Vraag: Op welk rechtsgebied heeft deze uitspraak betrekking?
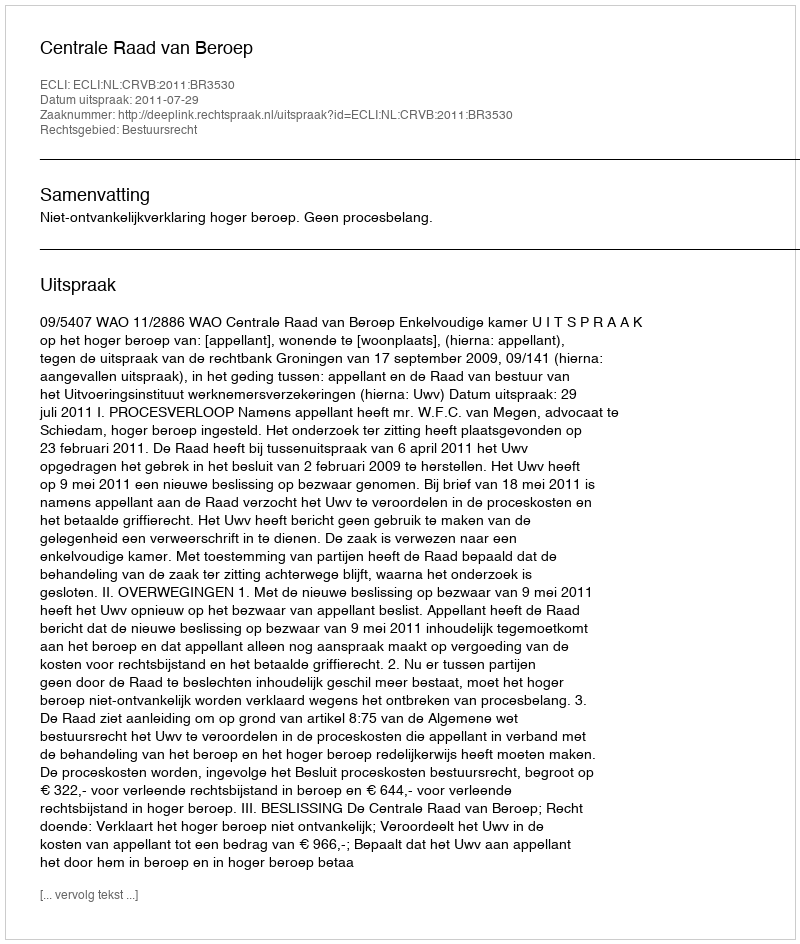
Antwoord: Bestuursrecht